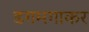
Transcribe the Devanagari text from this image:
डगमगाकर